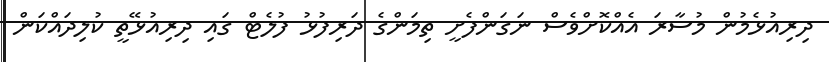
ދިރިއުޅެމުން މުސާރަ އެއްކޮށްވެސް ނަގަންފެށީ ތިމަންގެ ދަރިފުޅު ފުލެޓް ގައި ދިރިއުޅޭތީ ކުލިދައްކަން